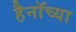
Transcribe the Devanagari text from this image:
हैनॉच्या